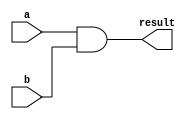
module And(a, b, result);

input wire a;
input wire b;

output reg result;

always @* begin

    result <= a & b;
end

endmodule